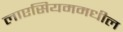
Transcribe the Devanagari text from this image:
लाएसियममधील